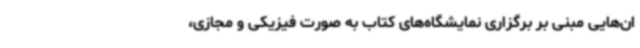
ان‌هایی مبنی بر برگزاری نمایشگاه‌های کتاب به صورت فیزیکی و مجازی،